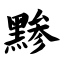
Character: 黪